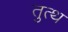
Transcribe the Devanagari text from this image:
तुत्थ